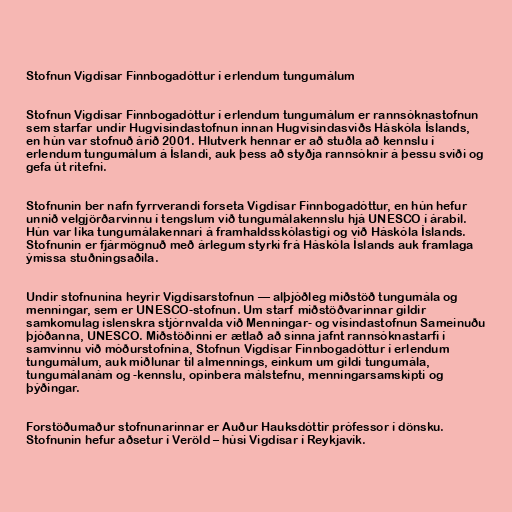
Stofnun Vigdísar Finnbogadóttur í erlendum tungumálum

Stofnun Vigdísar Finnbogadóttur í erlendum tungumálum er rannsóknastofnun
sem starfar undir Hugvísindastofnun innan Hugvísindasviðs Háskóla Íslands,
en hún var stofnuð árið 2001. Hlutverk hennar er að stuðla að kennslu í
erlendum tungumálum á Íslandi, auk þess að styðja rannsóknir á þessu sviði og
gefa út ritefni.

Stofnunin ber nafn fyrrverandi forseta Vigdísar Finnbogadóttur, en hún hefur
unnið velgjörðarvinnu í tengslum við tungumálakennslu hjá UNESCO í árabil.
Hún var líka tungumálakennari á framhaldsskólastigi og við Háskóla Íslands.
Stofnunin er fjármögnuð með árlegum styrki frá Háskóla Íslands auk framlaga
ýmissa stuðningsaðila.

Undir stofnunina heyrir Vigdísarstofnun — alþjóðleg miðstöð tungumála og
menningar, sem er UNESCO-stofnun. Um starf miðstöðvarinnar gildir
samkomulag íslenskra stjórnvalda við Menningar- og vísindastofnun Sameinuðu
þjóðanna, UNESCO. Miðstöðinni er ætlað að sinna jafnt rannsóknastarfi í
samvinnu við móðurstofnina, Stofnun Vigdísar Finnbogadóttur í erlendum
tungumálum, auk miðlunar til almennings, einkum um gildi tungumála,
tungumálanám og -kennslu, opinbera málstefnu, menningarsamskipti og
þýðingar.

Forstöðumaður stofnunarinnar er Auður Hauksdóttir prófessor í dönsku.
Stofnunin hefur aðsetur í Veröld – húsi Vigdísar í Reykjavík.